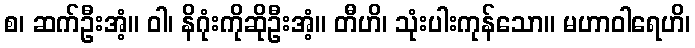
စ၊ ဆက်ဦးအံ့။ ဝါ၊ နိဂုံးကိုဆိုဦးအံ့။ တီဟိ၊ သုံးပါးကုန်သော။ မဟာဝါရေဟိ၊